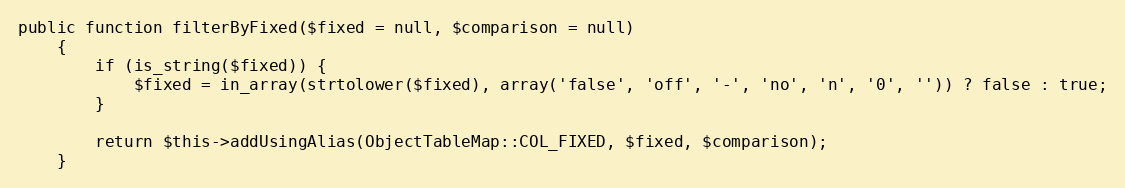
Language: PHP
public function filterByFixed($fixed = null, $comparison = null)
    {
        if (is_string($fixed)) {
            $fixed = in_array(strtolower($fixed), array('false', 'off', '-', 'no', 'n', '0', '')) ? false : true;
        }

        return $this->addUsingAlias(ObjectTableMap::COL_FIXED, $fixed, $comparison);
    }